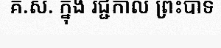
គ.ស. ក្នុង រជ្ជកាល ព្រះបាទ